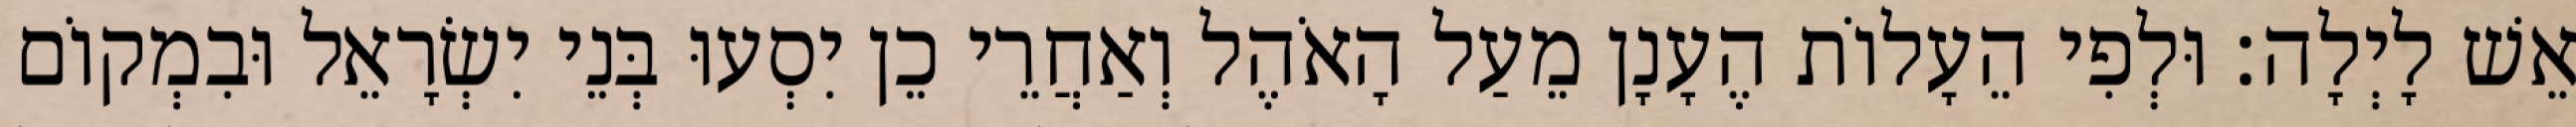
אֵשׁ לָיְלָה׃ וּלְפִי הֵעָלוֹת הֶעָנָן מֵעַל הָאֹהֶל וְאַחֲרֵי כֵן יִסְעוּ בְּנֵי יִשְׂרָאֵל וּבִמְקוֹם